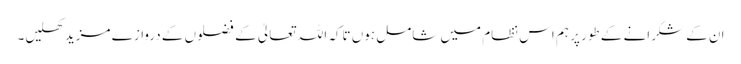
ان کے شکرانے کے طور پر ہم اس نظام میں شامل ہوں تاکہ اللہ تعالیٰ کے فضلوں کے دروازے مزید کھلیں۔